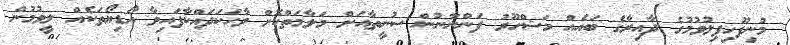
މުނިފޫހިފިލުވުމުގެ ދާއިރާގެ ބައެއް މަޝްހޫރު ފަންނާނުން ސުނީތާއަށް މަލާމަތްކޮށް ވާހަކަދައްކާފައިވާ އޯޑިޔޯތަކެއް ލީވުމުން